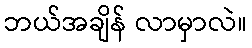
ဘယ်အချိန် လာမှာလဲ။